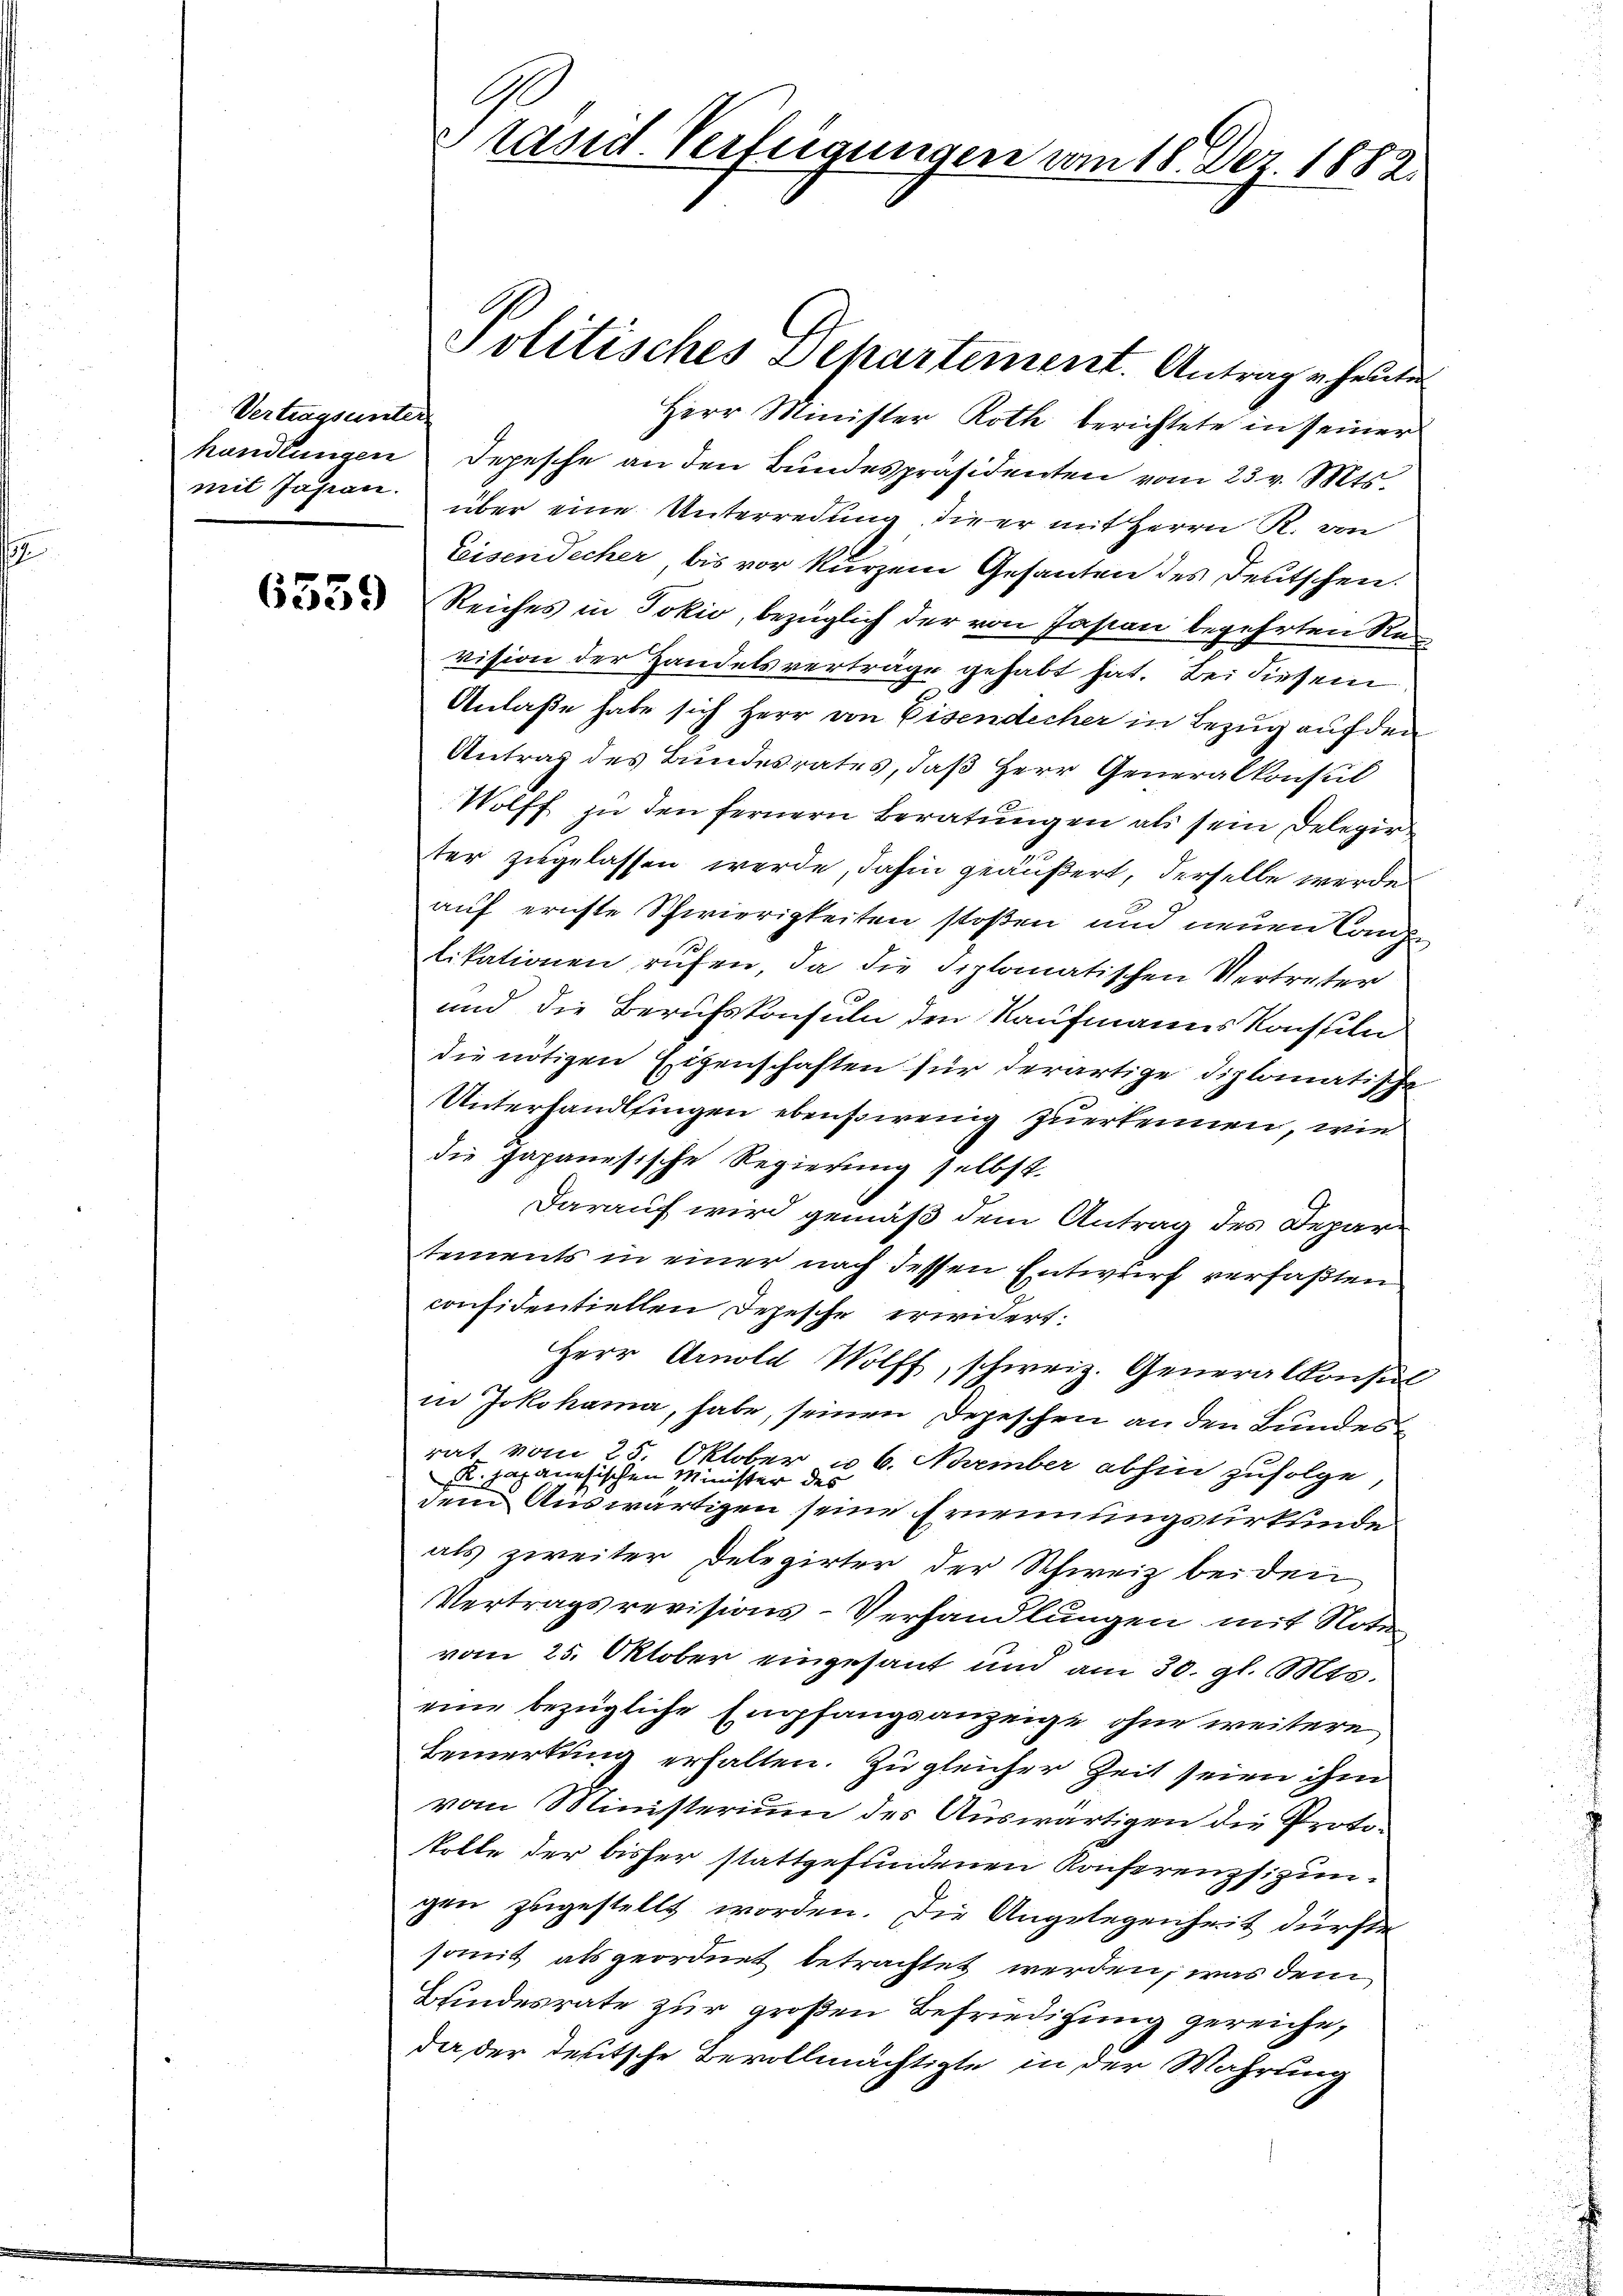
Vertragsunter

6339

G
Präsid. Verfügungen vom 18. Dez. 1882.

Herr Minister Roth berichtete in seiner
handlungen Depesche an den Bŭndespräsidenten vom 23. v. Mts.
mit Jäsion über eine Unterredung die er mit Herrn R. von
Eeisendecher bis vor kurzem Gesanten des Deutschen.
Reiches in Jokić, bezüglich der von Jasian begehrten Re
vision der Handelsverträge gehabt hat. Bei diesem
Anlaße habe sich Herr von Eisendecher in Bezug auf den
Antrag des Bundesrates, daß Herr Generalkonsul
Wolff zu den fernern Beratungen als sein Delegir
ter zugelassen werde, dahin geäußert, derselbe werde
auf ernste Schwierigkeiten stoßen und neuen Concl
likationen rufen, da die diplomatischen Vertreter
und die Berufskonsuln den Kaufmanns Konstile
die nötigen Eigenschaften für derartige diplomatische
Unterhandlsingen ebensirenig zuerkennen, wie
die Japanesische Regierung selbst.
Darauf wird gemäß dem Antrag des Departements in einer nach dessen Entwurf verfaßten
considentiellen Depesche erwidert:
Herr Arnold Wolff, schweiz. Generalkonsul
in Jokohama, habe, seinen Depeschen an den Bundesrat vom 25. Oktober u 6. Nurember abhin zufolge,
 japanesischen Minister des
dem Auswärtigen seine Ernennungsurkunde
als zweiter Delegirter der Schweiz beiden
Vertragsrevisions-Verhandlungen mit Noter
vom 25. Oktober eingesant und am 30. gl. Mts.
eine bezügliche Empfangsanzeige ohne weitere
Bemerkung erhalten. Zu gleicher Zeit seien ihm
vom Ministerium des Auswärtigen die Protokolle der bisher stattgefundenen Konferenzsizungen zugestellt worden. Die Angelegenheit dürfte
somit als geordnet betrachtet werden, was dem
Bundesrate zur großen Befriedigung gereiche,
da der deutsche Bevollmächtigte in der Wahrung

Politisches Departement. Antrage heuten